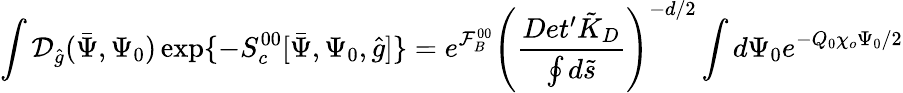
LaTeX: \int{\mathcal{D}_{\hat{g}}}(\bar{\Psi},{\Psi_{0}})\exp\{ -{S_{c}^{00}}[\bar{\Psi},{\Psi_{0}},\hat{g}]\} ={e^{\mathcal{F}_{B}^{00}}}{{\left({\frac{Det^{\prime}{\tilde{K}_{D}}}{\oint{d}\tilde{s}}}\right)}^{-d/2}}\int{d}{\Psi_{0}}{e^{-{Q_{0}}{\chi_{o}}{\Psi_{0}}/2}}